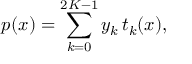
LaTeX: p ( x ) = \sum _ { k = 0 } ^ { 2 K - 1 } y _ { k } \, t _ { k } ( x ) ,